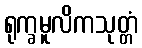
ရုက္ခမူလိကသုတ္တံ